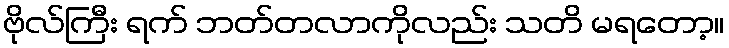
ဗိုလ်ကြီး ရက် ဘတ်တလာကိုလည်း သတိ မရတော့။